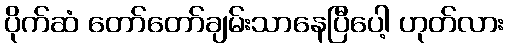
ပိုက်ဆံ တော်တော်ချမ်းသာနေပြီပေါ့ ဟုတ်လား